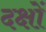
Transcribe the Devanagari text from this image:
दक्षों